Report of the Bombay Plague Committee
Disease focus: Plague
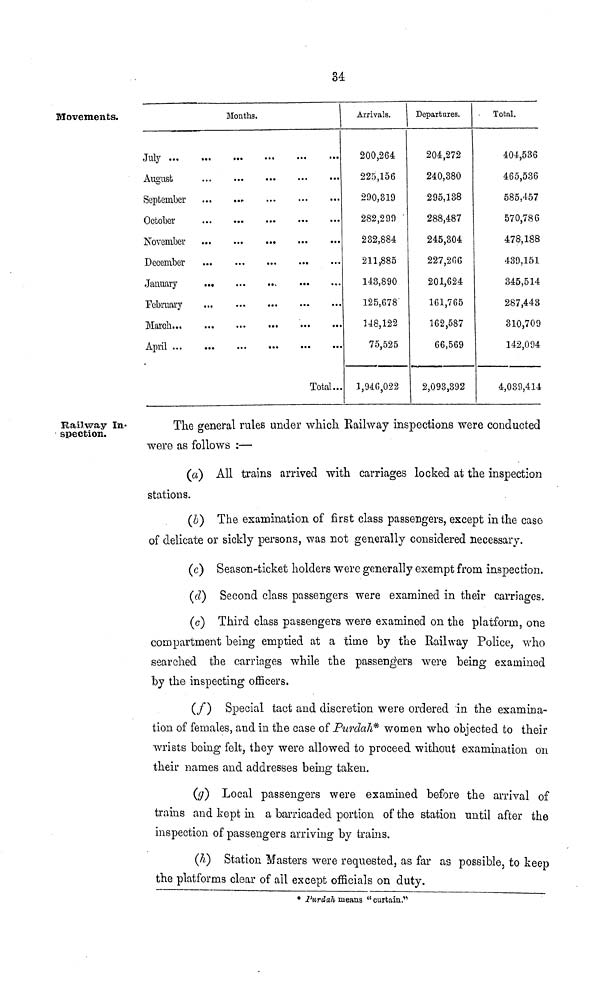
34
Movements.
Months.
July
August
September
October
December
January
February
March...
April
Total
Arrivals.
200,264
225,156
290,319
282,299
232,884
211,885
143,890
125,678
148,122
75,525
1,946,022
Departures.
204,272
240,380
295,138
288,487
245,304
227,206
201,624
161,765
162,587
66,569
2,093,392
Total.
404,536
465,536
585,457
570,786
478,188
439,151
345,514
287,443
310,709
142,094
4,039,414
Railway In-
spection.
The general rules under which. Railway inspections were conducted
were as follows :—
(a) All trains arrived with carriages locked at the inspection
stations.
(b) The examination of first class passengers, except in the case
of delicate or sickly persons, was not generally considered necessary.
(c) Season-ticket holders were generally exempt from inspection.
(d) Second class passengers were examined in their carriages.
(e) Third class passengers were examined on the platform, one
compartment being emptied at a time by the Railway Police, who
searched the carriages while the passengers were being examined
by the inspecting officers.
(f)
Special tact and discretion were ordered in the examina-
tion of females, and in the case of Purdah* women who objected to their
wrists being felt, they were allowed to proceed without examination on
their names and addresses being taken.
(g) Local passengers were examined before the arrival of
trains and kept in a barricaded portion of the station until after the
inspection of passengers arriving by trains.
(h) Station Masters were requested, as far as possible, to keep
the platforms clear of all except officials on duty.
* Purdah means " curtain."